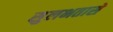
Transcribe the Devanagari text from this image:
सुलभतासे